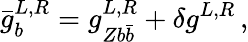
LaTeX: \bar{g}_{b}^{L,R}=g_{Zb\bar{b}}^{L,R}+\delta g^{L,R}\, ,